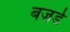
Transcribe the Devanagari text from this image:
बज़र्ड